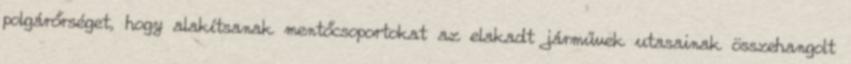
polgárőrséget, hogy alakítsanak mentőcsoportokat az elakadt járművek utasainak összehangolt